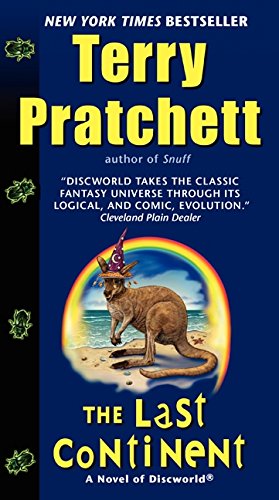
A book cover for The Last Continent: A Novel of Discworld; Terry Pratchett; Science Fiction & Fantasy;